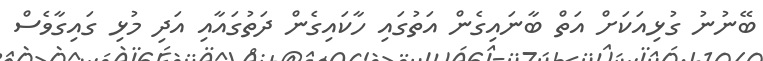
ބޭނުނު ގުޅިއަކަށް އަތް ބާނައިގެން އަތުގައި ހާކައިގެން ދަތުގައާއި އަދި މުޅި ގައިގާވެސް